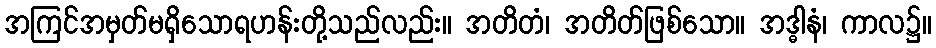
အကြင်အမှတ်မရှိသောရဟန်းတို့သည်လည်း။ အတိတံ၊ အတိတ်ဖြစ်သော။ အဒ္ဓါနံ၊ ကာလ၌။